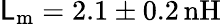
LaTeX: \mathsf{L}_{\mathrm{{m}}}=2.1\pm0.2\, \mathrm{{nH}}